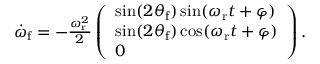
\begin{array} { r } { \boldsymbol { \dot { \omega } } _ { \mathrm { f } } = - \frac { \omega _ { \mathrm { r } } ^ { 2 } } { 2 } \left( \begin{array} { l } { \sin ( 2 \theta _ { \mathrm { f } } ) \sin ( \omega _ { \mathrm { r } } t + \varphi ) } \\ { \sin ( 2 \theta _ { \mathrm { f } } ) \cos ( \omega _ { \mathrm { r } } t + \varphi ) } \\ { 0 } \end{array} \right) . } \end{array}